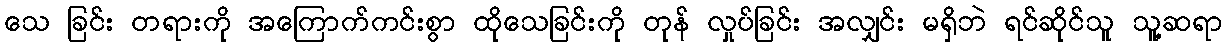
သေ ခြင်း တရားကို အကြောက်ကင်းစွာ ထိုသေခြင်းကို တုန် လှုပ်ခြင်း အလျှင်း မရှိဘဲ ရင်ဆိုင်သူ သူ့ဆရာ